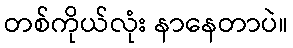
တစ်ကိုယ်လုံး နာနေတာပဲ။